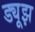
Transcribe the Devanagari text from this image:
ड्यूझ